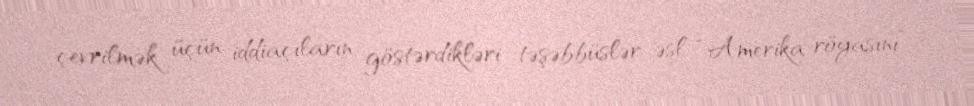
çevrilmək üçün iddiaçıların göstərdikləri təşəbbüslər əsl “Amerika röyasını”